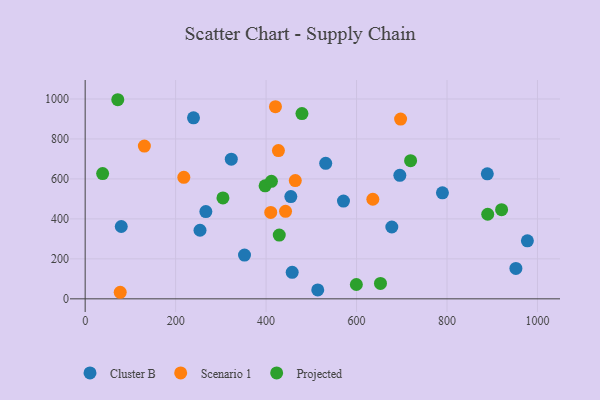
{"axis": {"x": "Speed", "y": "Sales"}, "legend": ["Cluster B", "Projected", "Scenario 1"], "data": [{"x": "571.1", "y": 489.3, "type": "Cluster B"}, {"x": "514.2", "y": 44.5, "type": "Cluster B"}, {"x": "454.7", "y": 511.8, "type": "Cluster B"}, {"x": "253.9", "y": 343.2, "type": "Cluster B"}, {"x": "323.1", "y": 698.5, "type": "Cluster B"}, {"x": "789.9", "y": 530.3, "type": "Cluster B"}, {"x": "889.1", "y": 625.2, "type": "Cluster B"}, {"x": "531.8", "y": 677.9, "type": "Cluster B"}, {"x": "457.7", "y": 132.5, "type": "Cluster B"}, {"x": "678.0", "y": 359.4, "type": "Cluster B"}, {"x": "952.3", "y": 151.9, "type": "Cluster B"}, {"x": "352.3", "y": 219.0, "type": "Cluster B"}, {"x": "239.5", "y": 905.7, "type": "Cluster B"}, {"x": "695.7", "y": 618.1, "type": "Cluster B"}, {"x": "977.7", "y": 290.0, "type": "Cluster B"}, {"x": "79.8", "y": 362.0, "type": "Cluster B"}, {"x": "266.8", "y": 436.4, "type": "Cluster B"}, {"x": "77.5", "y": 32.8, "type": "Scenario 1"}, {"x": "130.9", "y": 764.1, "type": "Scenario 1"}, {"x": "443.0", "y": 437.9, "type": "Scenario 1"}, {"x": "697.4", "y": 899.3, "type": "Scenario 1"}, {"x": "427.3", "y": 742.0, "type": "Scenario 1"}, {"x": "410.3", "y": 432.3, "type": "Scenario 1"}, {"x": "420.7", "y": 961.5, "type": "Scenario 1"}, {"x": "636.0", "y": 498.2, "type": "Scenario 1"}, {"x": "218.1", "y": 607.9, "type": "Scenario 1"}, {"x": "464.6", "y": 591.8, "type": "Scenario 1"}, {"x": "397.8", "y": 565.4, "type": "Projected"}, {"x": "304.6", "y": 504.7, "type": "Projected"}, {"x": "652.9", "y": 76.9, "type": "Projected"}, {"x": "479.3", "y": 927.1, "type": "Projected"}, {"x": "599.6", "y": 71.7, "type": "Projected"}, {"x": "411.8", "y": 587.8, "type": "Projected"}, {"x": "429.1", "y": 318.9, "type": "Projected"}, {"x": "38.6", "y": 626.9, "type": "Projected"}, {"x": "920.7", "y": 446.3, "type": "Projected"}, {"x": "890.0", "y": 423.2, "type": "Projected"}, {"x": "72.1", "y": 996.2, "type": "Projected"}, {"x": "719.5", "y": 691.4, "type": "Projected"}]}